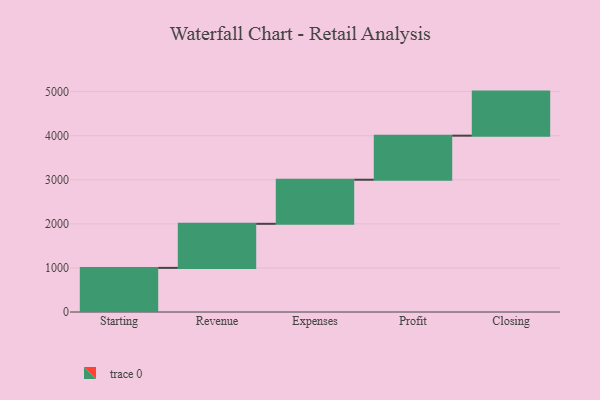
{"axis": {"x": "Step", "y": "Value"}, "legend": [""], "data": [{"x": "Starting", "y": 1001.0, "type": ""}, {"x": "Revenue", "y": 1000, "type": ""}, {"x": "Expenses", "y": 1000, "type": ""}, {"x": "Profit", "y": 1000, "type": ""}, {"x": "Closing", "y": 1000, "type": ""}]}